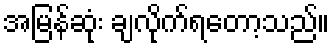
အမြန်ဆုံး ချလိုက်ရတော့သည်။